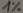
Text: 1%